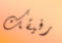
رفيقك